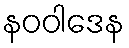
နဝဝါဒေန